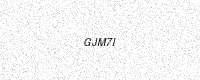
Text: GJM7I